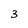
Character: 3